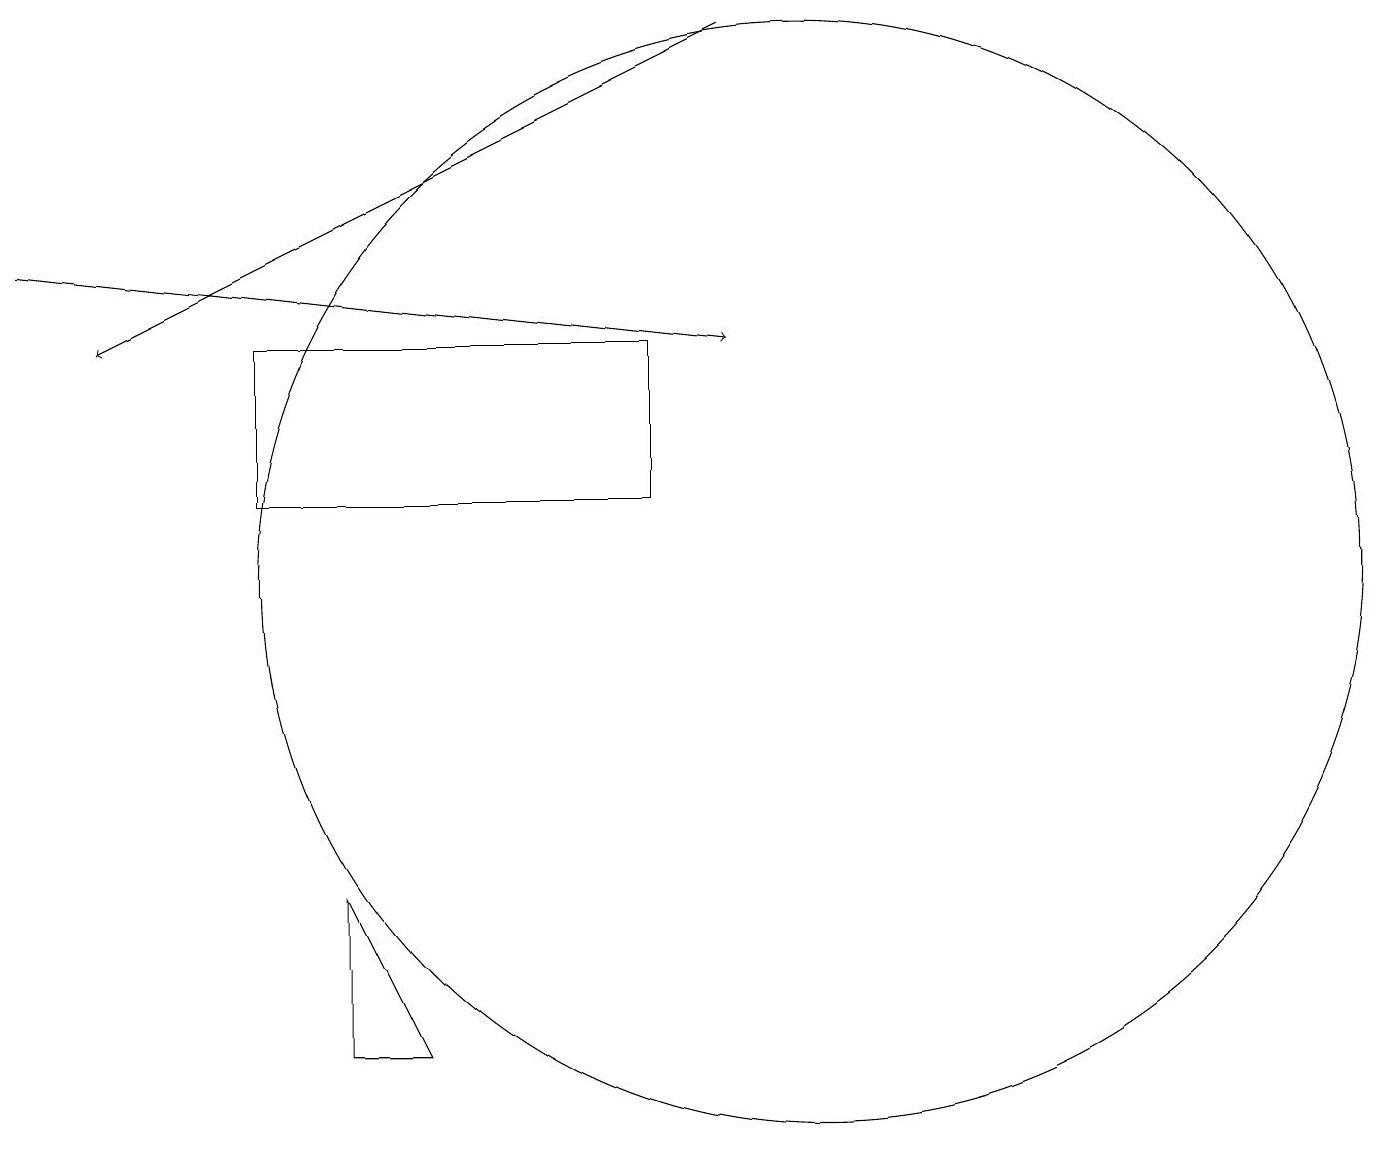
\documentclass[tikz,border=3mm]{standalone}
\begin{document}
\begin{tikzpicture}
\draw (8,13) rectangle (3,11);
\draw (4,4) -- (4,6) -- (5,4) -- cycle;
\draw[->] (0,14) -- (9,13);
\draw[->] (9,17) -- (1,13);
\draw (10,10) circle (7);
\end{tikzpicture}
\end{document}